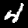
Digit: 4